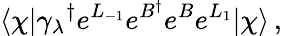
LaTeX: \langle\chi|{\gamma_{\lambda}}^{\dagger}e^{L_{-1}}e^{B^{\dagger}}e^{B}e^{L_{1}}|\chi\rangle\, ,